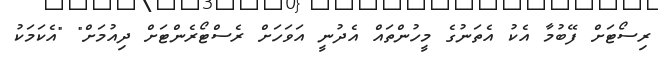
ރިސޯޓަށް ފޭބުމާ އެކު އެތަނުގެ މީހުންތައް އެދުނީ އަވަހަށް ރެސްޓޯރެންޓަށް ދިއުމަށް" "އެކަމަކު